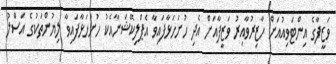
ވަޒީފާގެ އިންޓަވިއުއަށް ހާޒިރުވާއިރު ވަޒީފާއަށް އެދި ހުށަހަޅާފައިވާ އެޕްލިކޭޝަނާއެކު ހުށަހަޅާފައިވާ ލިޔުންތަކުގެ އަސްލު